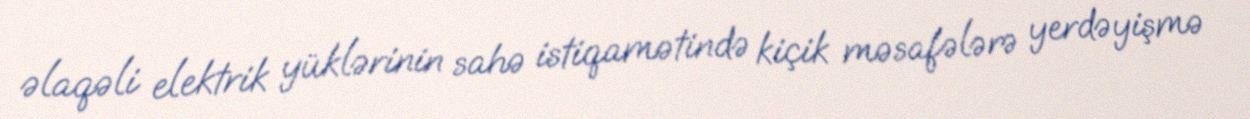
əlaqəli elektrik yüklərinin sahə istiqamətində kiçik məsafələrə yerdəyişmə